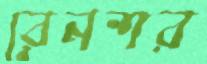
রেনশর